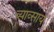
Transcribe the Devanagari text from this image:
व्याव्साय